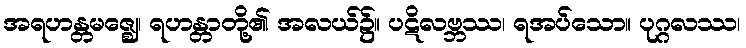
အရဟန္တမဇ္ဈေ၊ ရဟန္တာတို့၏ အလယ်၌။ ပဋိလဗ္ဘဿ၊ ရအပ်သော။ ပုဂ္ဂလဿ၊